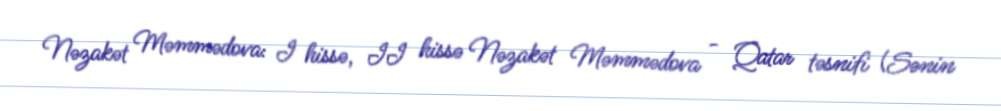
Nəzakət Məmmədova: I hissə, II hissə Nəzakət Məmmədova - Qatar təsnifi (Sənin